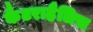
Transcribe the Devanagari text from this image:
कैटराहैलिस